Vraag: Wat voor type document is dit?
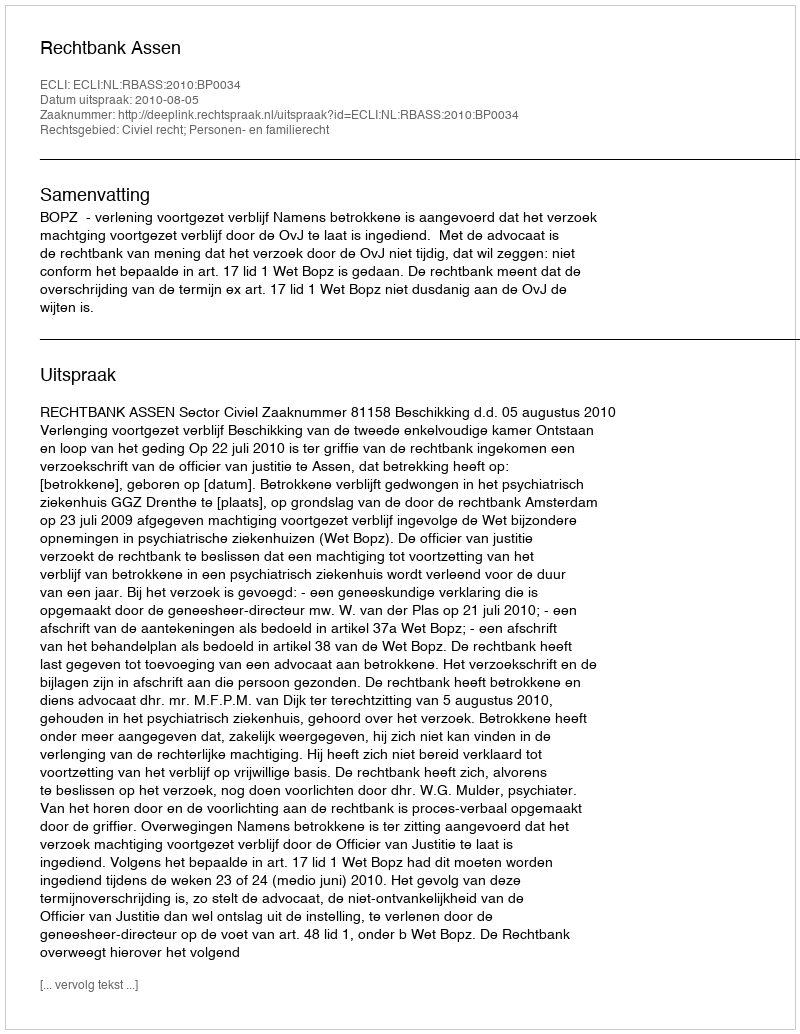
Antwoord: Uitspraak